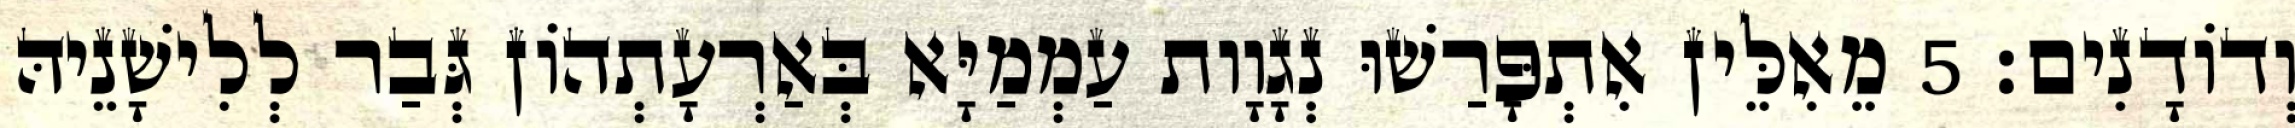
וְדוֹדָנִים׃ 5 מֵאִלֵּין אִתְפָּרַשׁוּ נְגָוָות עַמְמַיָּא בְּאַרְעָתְהוֹן גְּבַר לְלִישָׁנֵיהּ